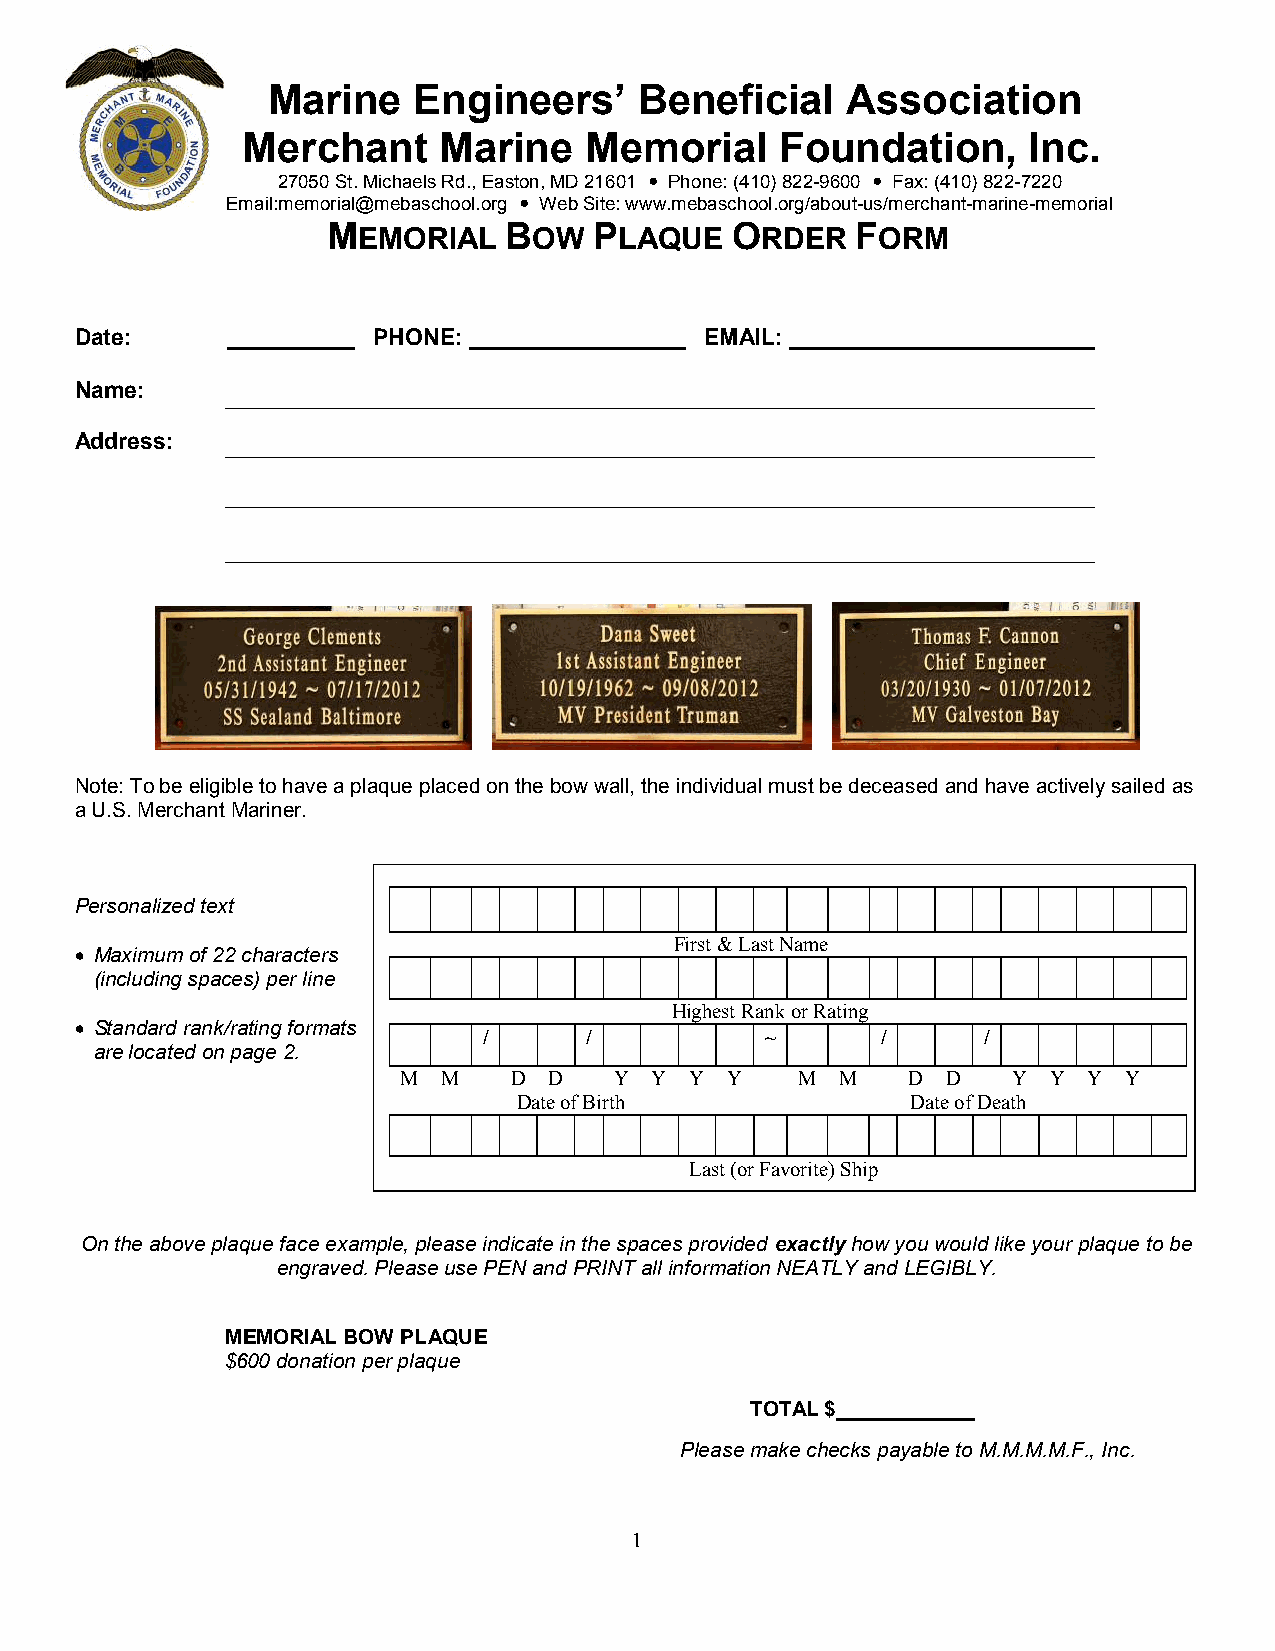
Marine   Engineers’     Beneficial    Association
 Merchant     Marine    Memorial     Foundation,     Inc.
 27050 St. Michaels Rd., Easton, MD 21601  Phone: (410) 822-9600  Fax: (410) 822-7220
 Email:memorial@mebaschool.org  Web Site: www.mebaschool.org/about-us/merchant-marine-memorial
 MEMORIAL   BOW   PLAQUE   ORDER    FORM
 Date:     __________ PHONE: _________________ EMAIL: ________________________
 Name:
 Address:
 Note: To be eligible to have a plaque placed on the bow wall, the individual must be deceased and have actively sailed as
 a U.S. Merchant Mariner.
 Personalized text
 First & Last Name
  Maximum of 22 characters
 (including spaces) per line
 Highest Rank or Rating
  Standard rank/rating formats
 /      /           ~      /      /
 are located on page 2.
 M M    D D    Y Y  Y Y    M  M   D  D   Y Y  Y Y
 Date of Birth             Date of Death
 Last (or Favorite) Ship
 On the above plaque face example, please indicate in the spaces provided exactly how you would like your plaque to be
 engraved. Please use PEN and PRINT all information NEATLY and LEGIBLY.
 MEMORIAL BOW PLAQUE
 $600 donation per plaque
 TOTAL $
 Please make checks payable to M.M.M.M.F., Inc.
 1